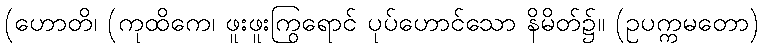
(ဟောတိ၊ (ကုထိကေ၊ ဖူးဖူးကြွရောင် ပုပ်ဟောင်သော နိမိတ်၌။ (ဥပက္ကမတော)